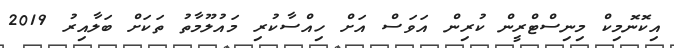
އިިކޮނޮމިކް މިނިސްޓްރީން ކުރިން އަވަސް އަށް ހިއްސާކުރި މައުލޫމާތު ތަކަށް ބަލާއިރު 2019